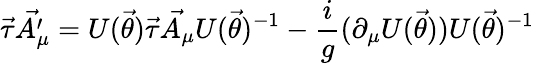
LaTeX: \vec{\tau}\vec{A_{\mu}^{\prime}}=U(\vec{\theta})\vec{\tau}\vec{A_{\mu}}U(\vec{\theta})^{-1}-\frac{i}{g}(\partial_{\mu}U(\vec{\theta}))U(\vec{\theta})^{-1}